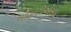
એફટીએસઇ